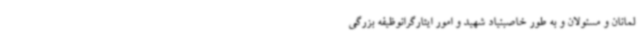
لمانان و مسئولان و به طور خاصبنیاد شهید و امور ایثارگرانوظیفه بزرگی